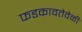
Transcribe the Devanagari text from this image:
फडकावतेवेळी